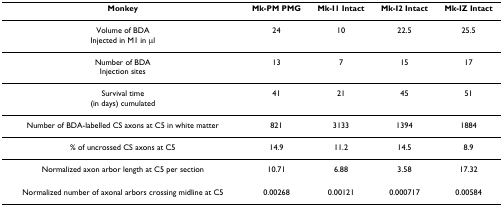
<table><thead><tr><td><b>Monkey</b></td><td><b>Mk-PM PMG</b></td><td><b>Mk-I1 Intact</b></td><td><b>Mk-I2 Intact</b></td><td><b>Mk-IZ Intact</b></td></tr></thead><tbody><tr><td>Volume of BDAInjected in M1 in μl</td><td>24</td><td>10</td><td>22.5</td><td>25.5</td></tr><tr><td>Number of BDAInjection sites</td><td>13</td><td>7</td><td>15</td><td>17</td></tr><tr><td>Survival time(in days) cumulated</td><td>41</td><td>21</td><td>45</td><td>51</td></tr><tr><td>Number of BDA-labelled CS axons at C5 in white matter</td><td>821</td><td>3133</td><td>1394</td><td>1884</td></tr><tr><td>% of uncrossed CS axons at C5</td><td>14.9</td><td>11.2</td><td>14.5</td><td>8.9</td></tr><tr><td>Normalized axon arbor length at C5 per section</td><td>10.71</td><td>6.88</td><td>3.58</td><td>17.32</td></tr><tr><td>Normalized number of axonal arbors crossing midline at C5</td><td>0.00268</td><td>0.00121</td><td>0.000717</td><td>0.00584</td></tr></tbody></table>